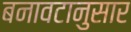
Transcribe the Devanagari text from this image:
बनावटानुसार